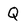
Character: Q